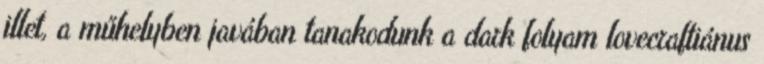
illet, a műhelyben javában tanakodunk a dark folyam lovecraftiánus